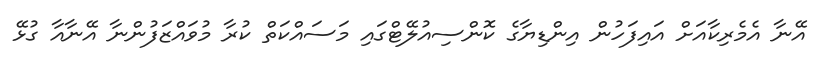
އޭނާ އެމެރިކާއަށް އައިފަހުން އިންޑިޔާގެ ކޮންސިއުލޭޓްގައި މަސައްކަތް ކުރާ މުވައްޒަފުންނާ އޭނާއާ ގުޅޭ